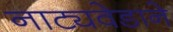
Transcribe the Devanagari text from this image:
नाट्यवेडाने